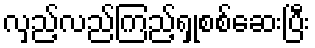
လှည့်လည်ကြည့်ရှုစစ်ဆေးပြီး